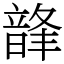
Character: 韸